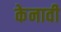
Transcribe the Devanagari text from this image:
केनावी